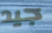
جيد